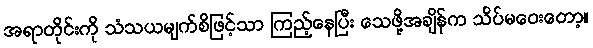
အရာတိုင်းကို သံသယမျက်စိဖြင့်သာ ကြည့်နေပြီး သေဖို့အချိန်က သိပ်မဝေးတော့။